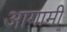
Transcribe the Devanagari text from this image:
अागामी